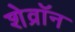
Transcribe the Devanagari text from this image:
शेव्रॉन